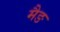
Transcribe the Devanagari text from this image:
मैङ